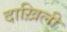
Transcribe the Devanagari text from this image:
दाख़िली